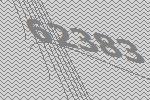
62383